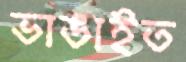
ভাঙাইত